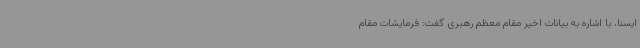
ایسنا، با اشاره به بیانات اخیر مقام معظم رهبری گفت: فرمایشات مقام